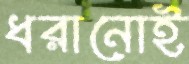
ধরানোই